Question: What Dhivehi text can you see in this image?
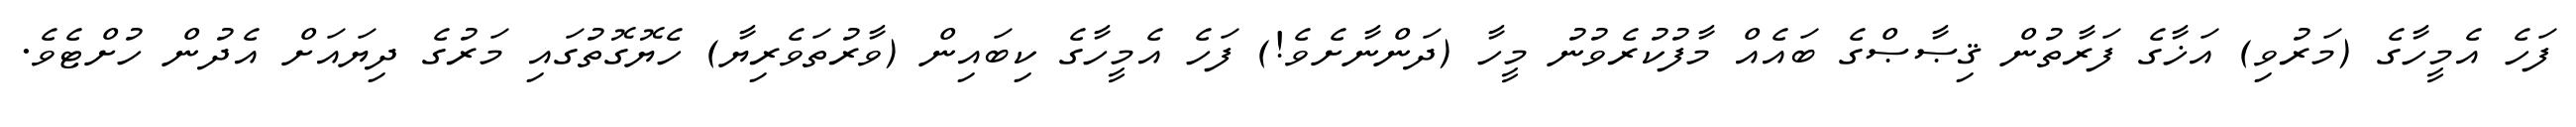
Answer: ފަހެ އެމީހާގެ (މަރުވި) އަޚާގެ ފަރާތުން ޤިޞާޞްގެ ބައެއް މާފުކުރެވުނު މީހާ (ދަންނާށެވެ!) ފަހެ އެމީހާގެ ކިބައިން (ވާރުތަވެރިޔާ) ހެޔޮގޮތުގައި މަރުގެ ދިޔައަށް އެދުން ހުށްޓެވެ.